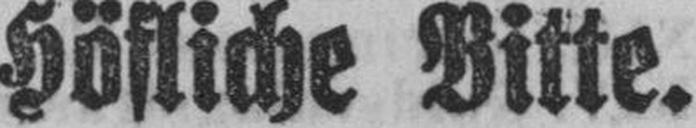
Höfliche Bitte.